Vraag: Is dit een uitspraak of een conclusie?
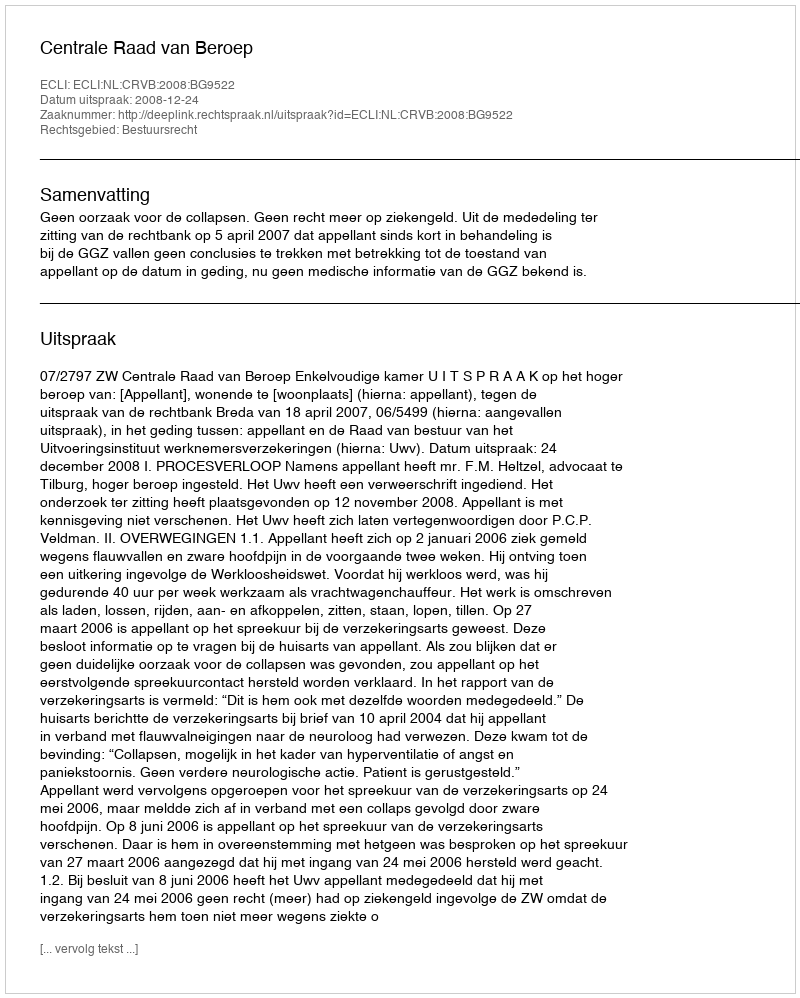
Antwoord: Uitspraak